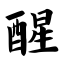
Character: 醒